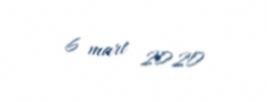
6 mart 2020